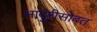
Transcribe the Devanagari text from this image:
भादुरीसोबत